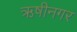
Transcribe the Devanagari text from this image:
ऋषीनगर